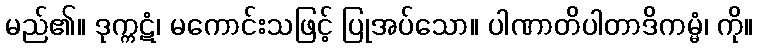
မည်၏။ ဒုက္ကဋံ၊ မကောင်းသဖြင့် ပြုအပ်သော။ ပါဏာတိပါတာဒိကမ္မံ၊ ကို။